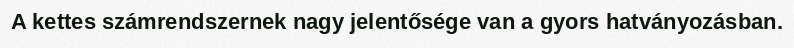
A kettes számrendszernek nagy jelentősége van a gyors hatványozásban.